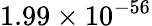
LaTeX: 1.99\times 10^{-56}